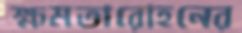
ক্ষমতারোহনের